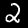
Digit: 2